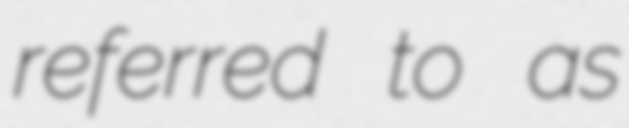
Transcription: referred to as